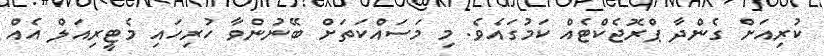
ކުރިއަށް ގެންދާ ޕްރޮޖެކްޓެއް ކަމުގައެވެ. މި މަސައްކަތަށް ބޭނުންވާ ހުރިހައި މެޓީރިއަލް އެއް